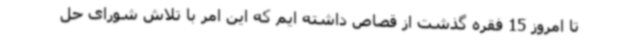
تا امروز 15 فقره گذشت از قصاص داشته ایم که این امر با تلاش شورای حل